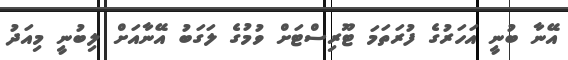
އޭނާ ބުނީ އަހަރުގެ ފުރަތަމަ ޓޫރިސްޓަށް ވުމުގެ ލަގަބު އޭނާއަށް ލިބުނީ މިއަދު